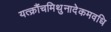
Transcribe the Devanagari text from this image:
यत्क्रौंचमिथुनादेकमवधि